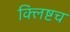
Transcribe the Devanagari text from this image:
क्लिष्टच